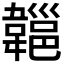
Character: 𩏔